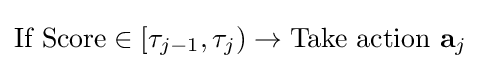
{\begin{aligned}{\text{If Score}}\in [\tau _{j-1},\tau _{j})\rightarrow {\text{Take action }}\mathbf {a} _{j}\end{aligned}}